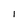
Character: 1